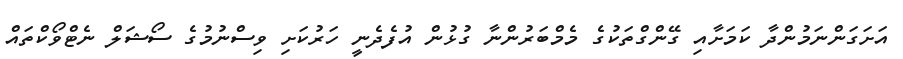
އަށަގަންނަމުންދާ ކަމަށާއި ގޭންގްތަކުގެ މެމްބަރުންނާ ގުޅުން އުފެދެނީ ހަރުކަށި ވިސްނުމުގެ ސޯޝަލް ނެޓްވޯކްތައް